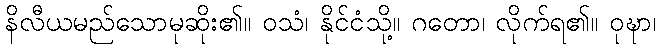
နိလီယမည်သောမုဆိုး၏။ ဝသံ၊ နိုင်ငံသို့။ ဂတော၊ လိုက်ရ၏။ ဝုဍ္ဎာ၊